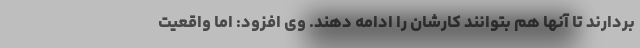
بردارند تا آنها هم بتوانند کارشان را ادامه دهند. وی افزود: اما واقعیت